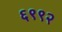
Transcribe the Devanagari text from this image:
६९९२